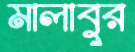
মালাবুর